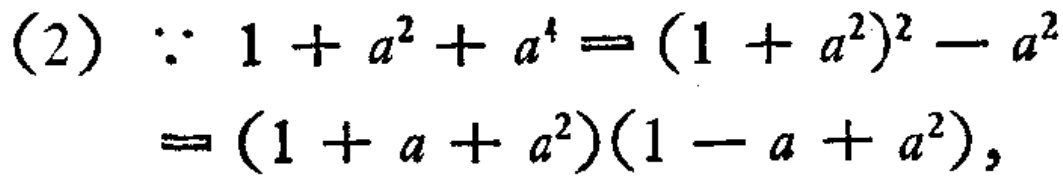
(2) $\because 1 + a^{2}+a^{4}=(1 + a^{2})^{2}-a^{2}$

$=(1 + a + a^{2})(1 - a + a^{2}),$